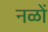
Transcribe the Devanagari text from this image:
नळों